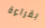
بقراءة